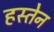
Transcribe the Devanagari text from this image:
हस्तेन